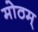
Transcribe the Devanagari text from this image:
मोठम्‌